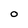
Character: 0